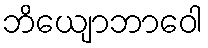
ဘိယျောဘာဝေါ